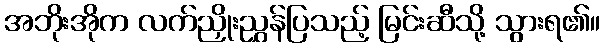
အဘိုးအိုက လက်ညှိုးညွှန်ပြသည့် မြင်းဆီသို့ သွားရ၏။